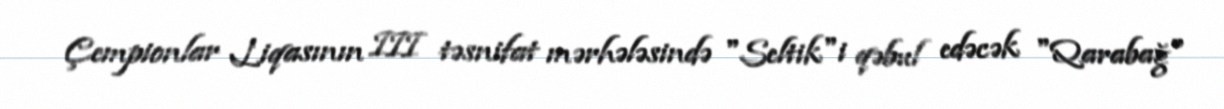
Çempionlar Liqasının III təsnifat mərhələsində "Seltik"i qəbul edəcək "Qarabağ"